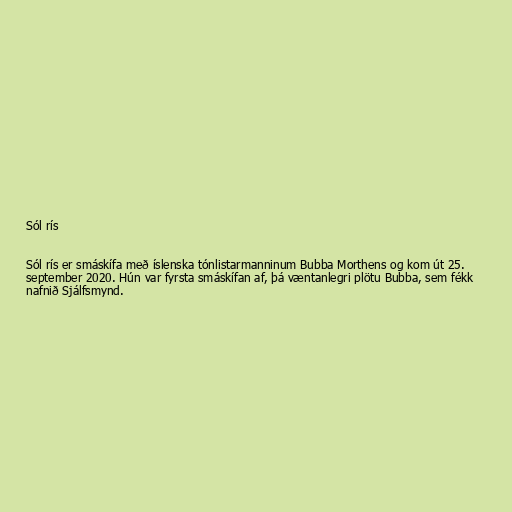
Sól rís

Sól rís er smáskífa með íslenska tónlistarmanninum Bubba Morthens og kom út 25.
september 2020. Hún var fyrsta smáskífan af, þá væntanlegri plötu Bubba, sem fékk
nafnið Sjálfsmynd.